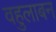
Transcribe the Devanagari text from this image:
वहुलाबन